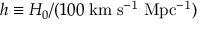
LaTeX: h \equiv H _ { 0 } / ( 1 0 0 \; \mathrm { k m \; s ^ { - 1 } \; M p c ^ { - 1 } } )